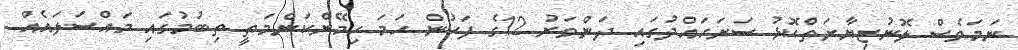
ނަމަވެސް ލޮނުޒިޔާރަތްކޮޅު ސަރަހައްދުގައި ދަންވަރު 12ގެ ފަހުން ހަމަ ހިމޭންކަންމަތީ ތިބުމުގައި މައްސަލައެއް